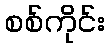
စစ်ကိုင်း